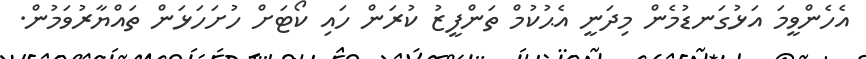
އެހެންވީމަ އަޅުގަނޑުމެން މިދަނީ އެޙުކުމް ތަންފީޒު ކުރަން ހަައި ކޯޓަށް ހުށަހަޅަން ތައްޔާރުވަމުން.